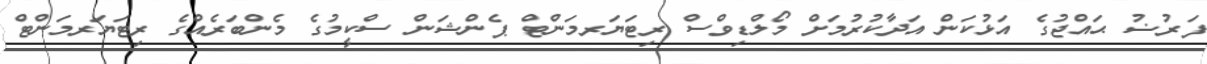
ފަރުޟު ޙައްޖުގެ އަޅުކަން އަދާކުރުމަށް މޯލްޑިވްސް ރިޓަޔަރމަންޓް ޕެންޝަން ސްކީމުގެ މެންބަރެއްގެ ރިޓަޔަރމަންޓް